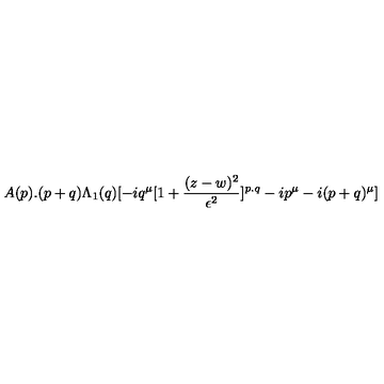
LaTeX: A ( p ) . ( p + q ) \Lambda _ { 1 } ( q ) [ - i q ^ { \mu } [ 1 + { \frac { ( z - w ) ^ { 2 } } { \epsilon ^ { 2 } } } ] ^ { p . q } - i p ^ { \mu } - i ( p + q ) ^ { \mu } ]